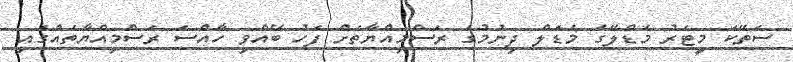
ސަތޭކަ މީޓަރު މެޑްލޭގެ މެޑަލް ދިނުމުގެ ރަސްމިއްޔާތަށް ފަހު ބޭއްވި ހާއްސަ ރަސްމިއްޔާތެއްގައި